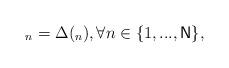
LaTeX: \begin{align*}_{n}=\Delta (_{n}),\forall n\in \{1,...,\mathsf{N}\},\end{align*}